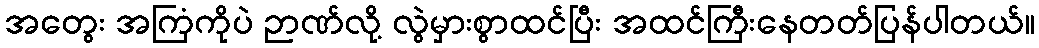
အတွေး အကြံကိုပဲ ဉာဏ်လို့ လွဲမှားစွာထင်ပြီး အထင်ကြီးနေတတ်ပြန်ပါတယ်။